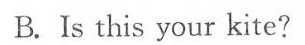
B.Is this your kite?